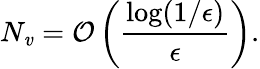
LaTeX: N_{\mathit{v}}=\mathcal{{O}}\left(\frac{{\log(1/\epsilon)}}{{\epsilon}}\right).